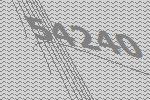
54240